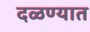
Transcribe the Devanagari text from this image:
दळण्यात